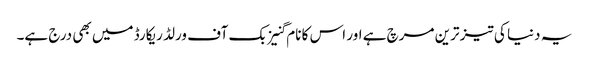
یہ دنیا کی تیز ترین مرچ ہے اور اس کا نام گنیز بک آف ورلڈ ریکارڈ میں بھی درج ہے۔